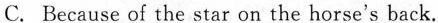
C. Because of the star on the horse's back.